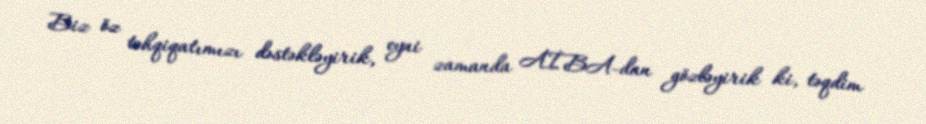
Biz öz təhqiqatımızı dəstəkləyirik, eyni zamanda AİBA-dan gözləyirik ki, təqdim